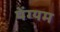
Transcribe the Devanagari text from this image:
पेंग्यम